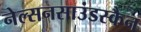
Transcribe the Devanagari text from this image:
नेल्सनसाउंडस्कैन